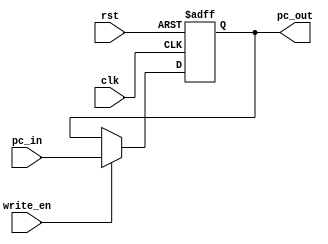
module pcreg(clk, rst, write_en, pc_in, pc_out);
  
  input clk, rst, write_en;
  input [15:0]pc_in;
  output [15:0]pc_out;
  
 
  reg [15:0]pc_reg;

  //read data
  assign pc_out = pc_reg;
  
  //write data
  always @(posedge clk, posedge rst) begin   
  	if (rst) begin
		pc_reg <= 16'h0000;
	end
	else if (write_en) begin
        	pc_reg <= pc_in;
	end
  end 

endmodule